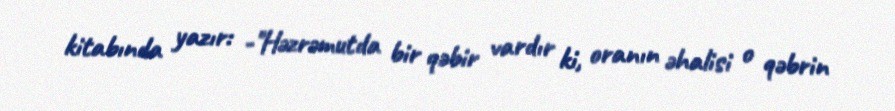
kitabında yazır: -"Həzrəmutda bir qəbir vardır ki, oranın əhalisi o qəbrin